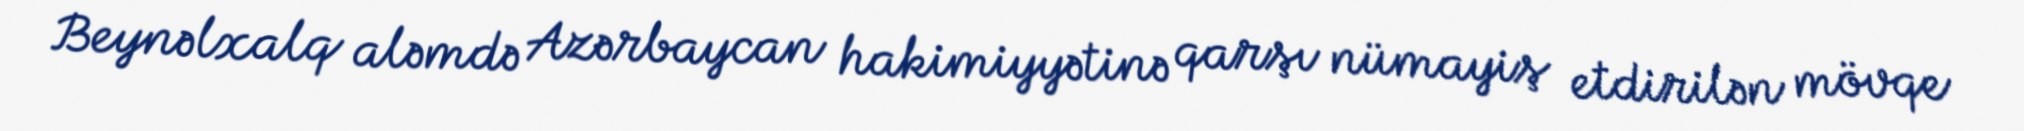
Beynəlxalq aləmdə Azərbaycan hakimiyyətinə qarşı nümayiş etdirilən mövqe